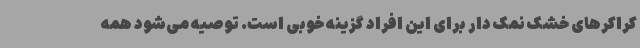
کراکرهای خشک نمک دار برای این افراد گزینه خوبی است. توصیه می‌شود همه